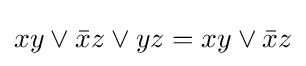
xy\vee {\bar {x}}z\vee yz=xy\vee {\bar {x}}z